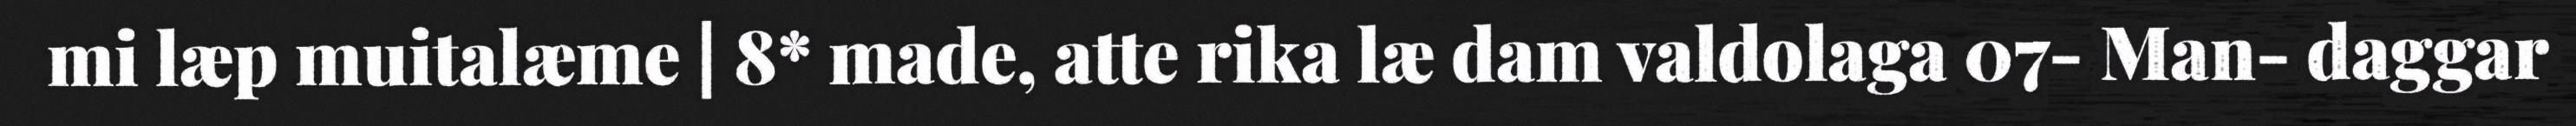
mi læp muitalæme | 8* made, atte rika læ dam valdolaga 07- Man- daggar